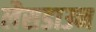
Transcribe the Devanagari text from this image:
लैसडाउन